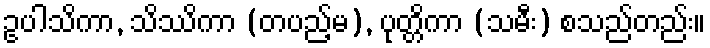
ဥပါသိကာ, သိဿိကာ (တပည့်မ), ပုတ္တိကာ (သမီး) စသည်တည်း။